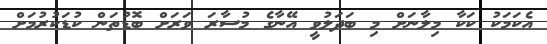
އެކަމަކު ކަކާ މިލާނަށް މި ބަދަލުވީ އޭނާގެ މުސާރަ ވަރަށް ބޮޑުތަން ކުޑަކުރުމަށް